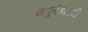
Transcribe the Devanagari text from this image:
वायुमंडलाशी